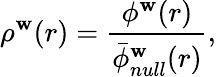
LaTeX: \rho^{\mathbf{w}}(r)=\frac{{\phi^{\mathbf{w}}(r)}}{{\bar{{\phi}}_{null}^{\mathbf{w}}(r)}},